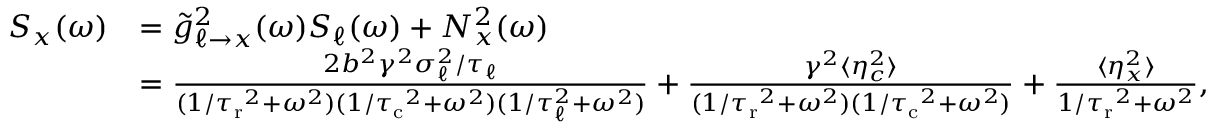
\begin{array} { r l } { S _ { x } ( \omega ) } & { = \tilde { g } _ { \ell \to x } ^ { 2 } ( \omega ) S _ { \ell } ( \omega ) + N _ { x } ^ { 2 } ( \omega ) } \\ & { = \frac { 2 b ^ { 2 } \gamma ^ { 2 } \sigma _ { \ell } ^ { 2 } / \tau _ { \ell } } { ( 1 / { \tau _ { \mathrm { r } } } ^ { 2 } + \omega ^ { 2 } ) ( 1 / { \tau _ { \mathrm { c } } } ^ { 2 } + \omega ^ { 2 } ) ( 1 / \tau _ { \ell } ^ { 2 } + \omega ^ { 2 } ) } + \frac { \gamma ^ { 2 } \langle \eta _ { c } ^ { 2 } \rangle } { ( 1 / { \tau _ { \mathrm { r } } } ^ { 2 } + \omega ^ { 2 } ) ( 1 / { \tau _ { \mathrm { c } } } ^ { 2 } + \omega ^ { 2 } ) } + \frac { \langle \eta _ { x } ^ { 2 } \rangle } { 1 / { \tau _ { \mathrm { r } } } ^ { 2 } + \omega ^ { 2 } } , } \end{array}